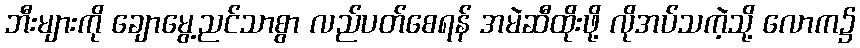
ဘီးများကို ချောမွေ့ညင်သာစွာ လည်ပတ်စေရန် အမဲဆီထိုးဖို့ လိုအပ်သကဲ့သို့ လောက၌